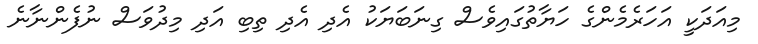
މިއަދަކީ އަހަރެމެންގެ ހަޔާތުގައިވެސް ގިނަބަޔަކު އެދި އެދި ތިބި އަދި މިދުވަސް ނުފެންނާނެ